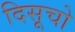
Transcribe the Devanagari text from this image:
दिसूचो